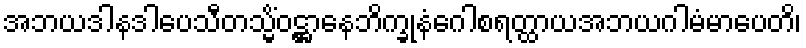
အဘယဒါနဒါပေသီတသ္မိံဝဋ္ဌာနေဘိက္ခုနံဂေါစရတ္ထာယအဘယဂါမံမာပေတိ၊